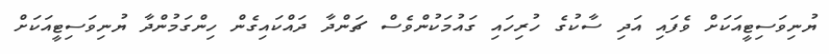
ޔުނިވަސިޓީއަކަށް ވެފައި އަދި ސާކުގެ ހުރިހައި ގައުމަކުންވެސް ޗަންދާ ދައްކައިގެން ހިންގަމުންދާ ޔުނިވަސިޓީއަކަށް